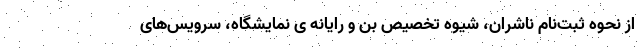
از نحوه ثبت‌نام ناشران‌، شیوه تخصیص بن و رایانه ی نمایشگاه،‌ سرویس‌های